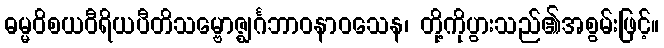
ဓမ္မဝိစယဝီရိယပီတိသမ္ဗောဇ္ဈင်္ဂဘာဝနာဝသေန၊ တို့ကိုပွားသည်၏အစွမ်းဖြင့်။